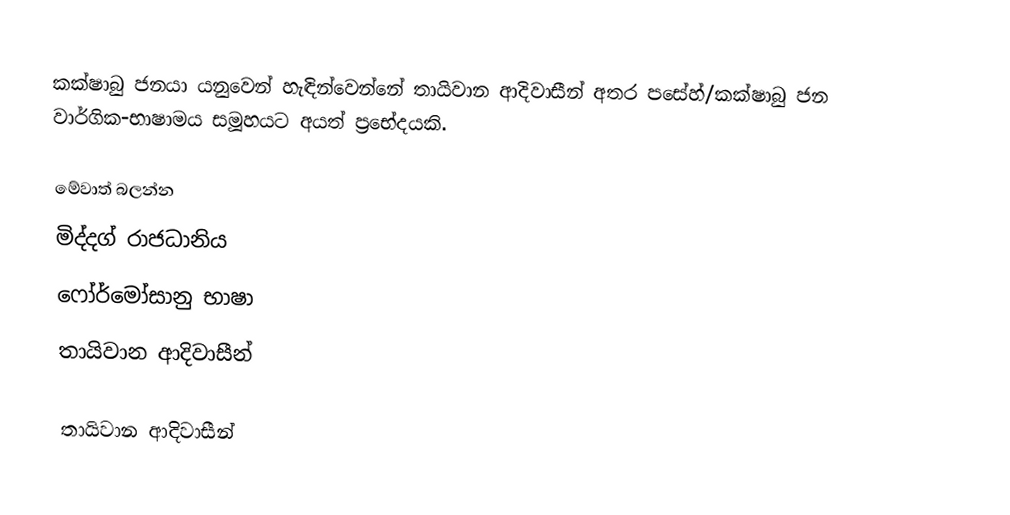
කක්ෂාබු ජනයා යනුවෙන් හැඳින්වෙන්නේ තායිවාන ආදිවාසීන් අතර පසේහ්/කක්ෂාබු ජන වාර්ගික-භාෂාමය සමූහයට අයත් ප්‍රභේදයකි.

මේවාත් බලන්න
මිද්දග් රාජධානිය
ෆෝර්මෝසානු භාෂා
තායිවාන ආදිවාසීන්

තායිවාන ආදිවාසීන්